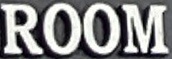
ROOM